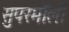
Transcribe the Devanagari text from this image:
सुपरमॉलों